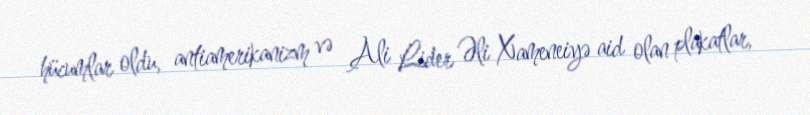
hücumlar oldu, antiamerikanizm və Ali Lider Əli Xameneiyə aid olan plakatlar,